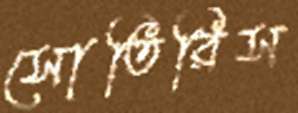
সোতিরিস